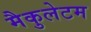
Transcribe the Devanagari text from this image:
मैकुलेटम